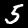
Digit: 5